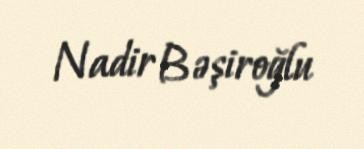
Nadir Bəşiroğlu